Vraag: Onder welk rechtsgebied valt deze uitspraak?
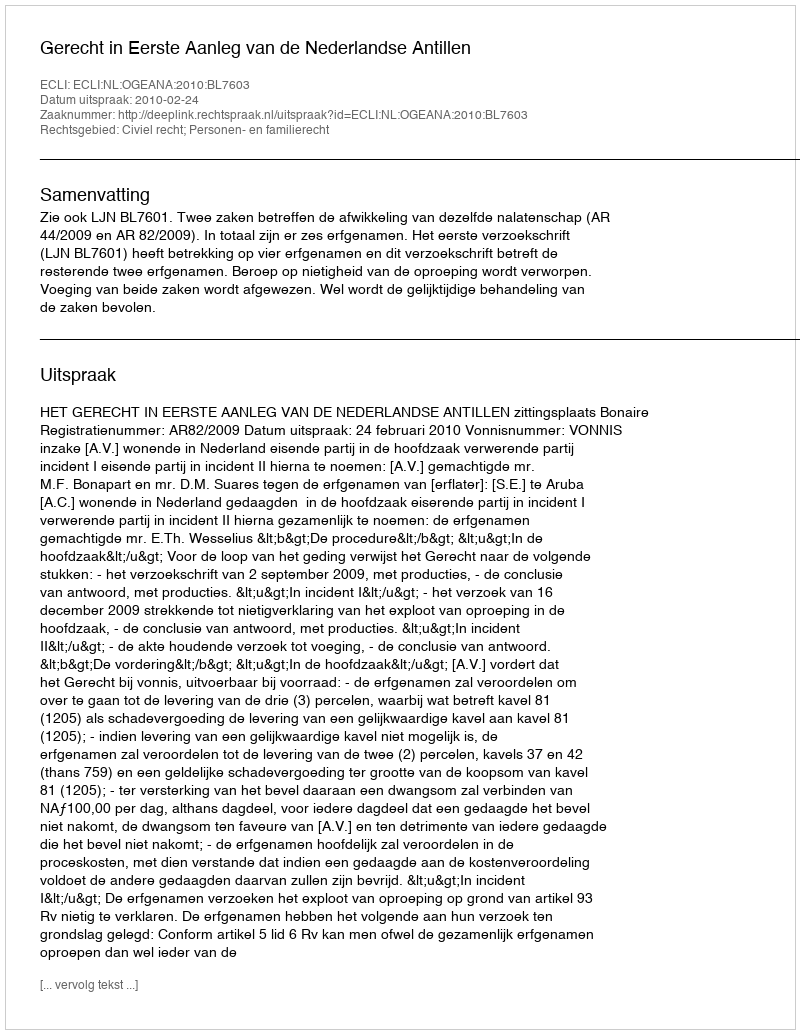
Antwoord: Civiel recht; Personen- en familierecht